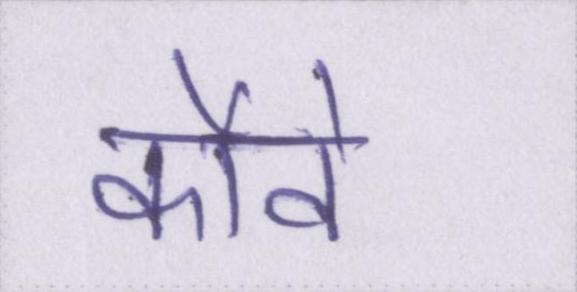
कौवे